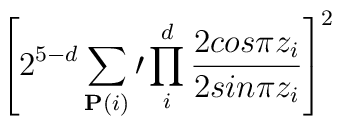
\left[ 2^{5-d}\sum_{{\bf P}(i)}\prime  \prod^d_i {2cos \pi z_i \over 2sin \pi z_i} \right]^2